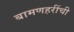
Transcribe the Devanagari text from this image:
बामणहरींची